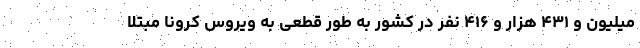
میلیون و ۴۳۱ هزار و ۴۱۶ نفر در کشور به طور قطعی به ویروس کرونا مبتلا